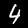
Label: 4